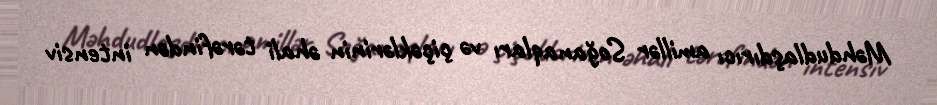
Məhdudlaşdırıcı amillər Soğanaqları və çiçəklərinin əhali tərəfindən intensiv